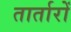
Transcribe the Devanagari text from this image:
तार्तारों